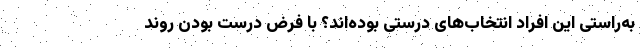
به‌راستی این افراد انتخاب‌های درستی بوده‌اند؟ با فرض درست بودن روند